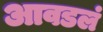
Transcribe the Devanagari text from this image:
आवडलं